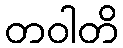
တဝါတိ